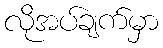
လိုအပ်ချက်မှာ